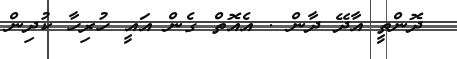
ދޮންތީ އާދޭ ދާން . އެއޮތް ގެން އައީ ހުރިހާ ކުދިން